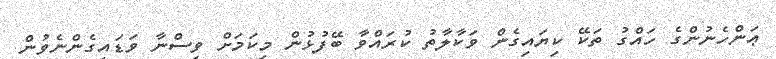
ޢަންހެނުންގެ ހައްގު ތަކޭ ކިޔައިގެން ވަކާލާތު ކުރައްވާ ބޭފުޅުން މިކަމަށް ވިސްނާ ވަޑައިގެންނެވުން